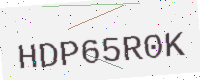
Text: HDP65R0K